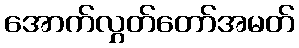
အောက်လွှတ်တော်အမတ်